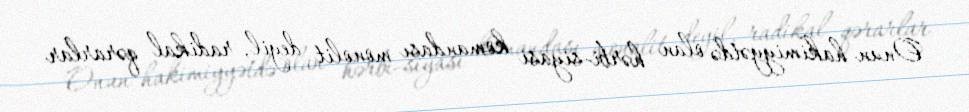
Onun hakimiyyətdə olan hərbi-siyasi komandası monolit deyil, radikal qərarlar